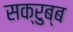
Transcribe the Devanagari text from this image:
सक्रुब्ब